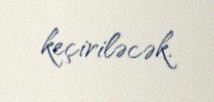
keçiriləcək.